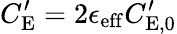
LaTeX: C_{\mathrm{E}}^{\prime}=2\epsilon_{\mathrm{eff}}C_{\mathrm{E},0}^{\prime}